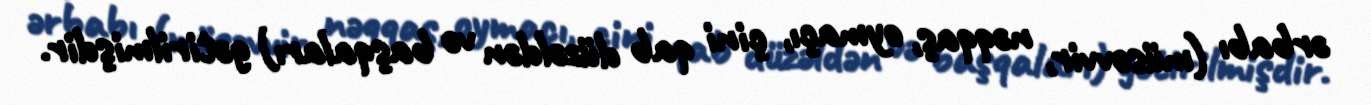
ərbabı (müsəvvir, nəqqaş, oymaçı, çini qab düzəldən və başqaları) gətirilmişdir.